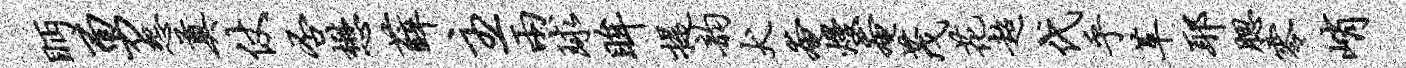
眄勇怨奠仗否懋薛主两球眸提韵犬奄熳奄茂花超代乎革耶腮零峭